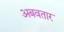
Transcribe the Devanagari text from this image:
अबवतार